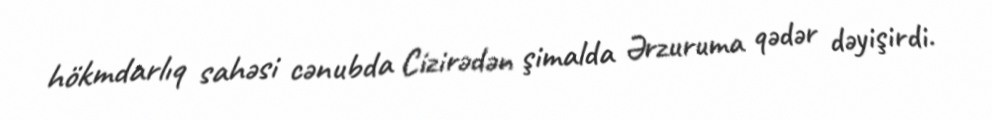
hökmdarlıq sahəsi cənubda Cizirədən şimalda Ərzuruma qədər dəyişirdi.